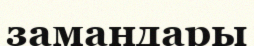
замандары